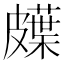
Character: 𱲇